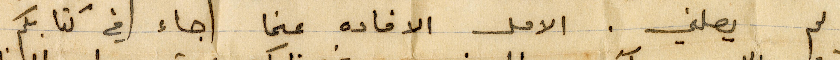
لم يصلني. الامل الإفادة عنما جاء في كتابكم